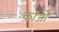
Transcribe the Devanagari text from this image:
कार्जों